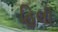
હિલી